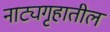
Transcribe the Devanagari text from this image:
नाट्यगृहातील